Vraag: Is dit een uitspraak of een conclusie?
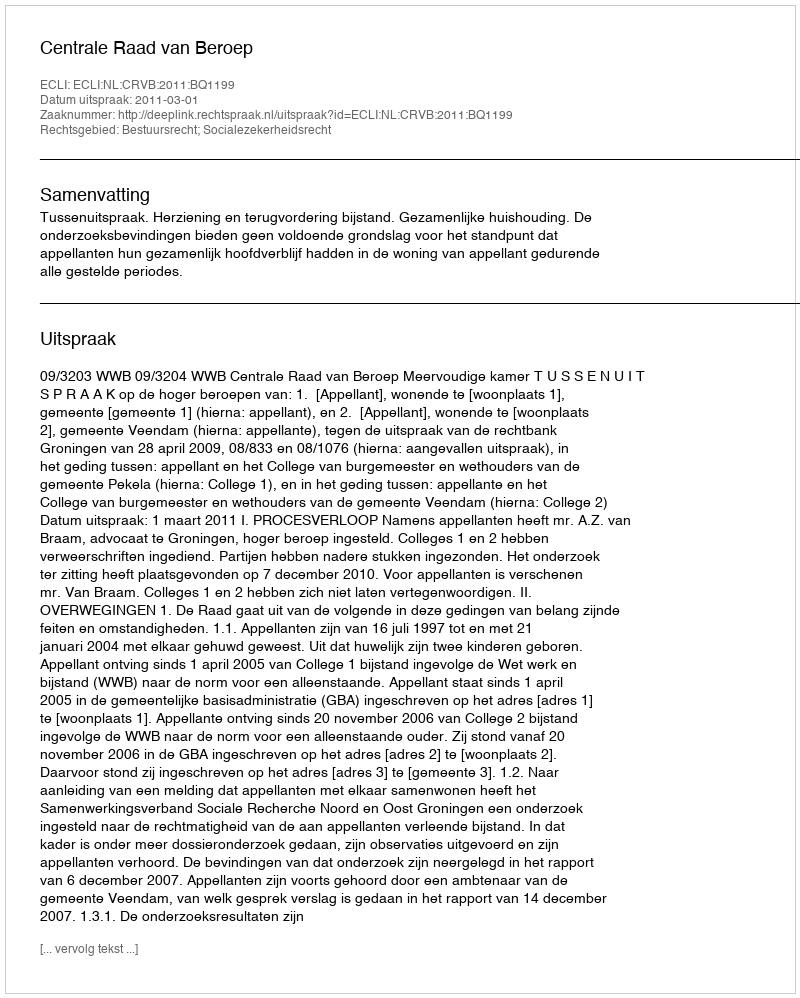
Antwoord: Uitspraak